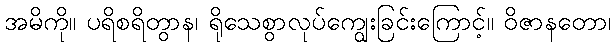
အမိကို။ ပရိစရိတွာန၊ ရိုသေစွာလုပ်ကျွေးခြင်းကြောင့်။ ဝိဇာနတော၊